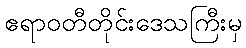
ဧရာဝတီတိုင်းဒေသကြီးမှ